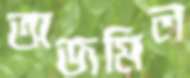
অজমিল